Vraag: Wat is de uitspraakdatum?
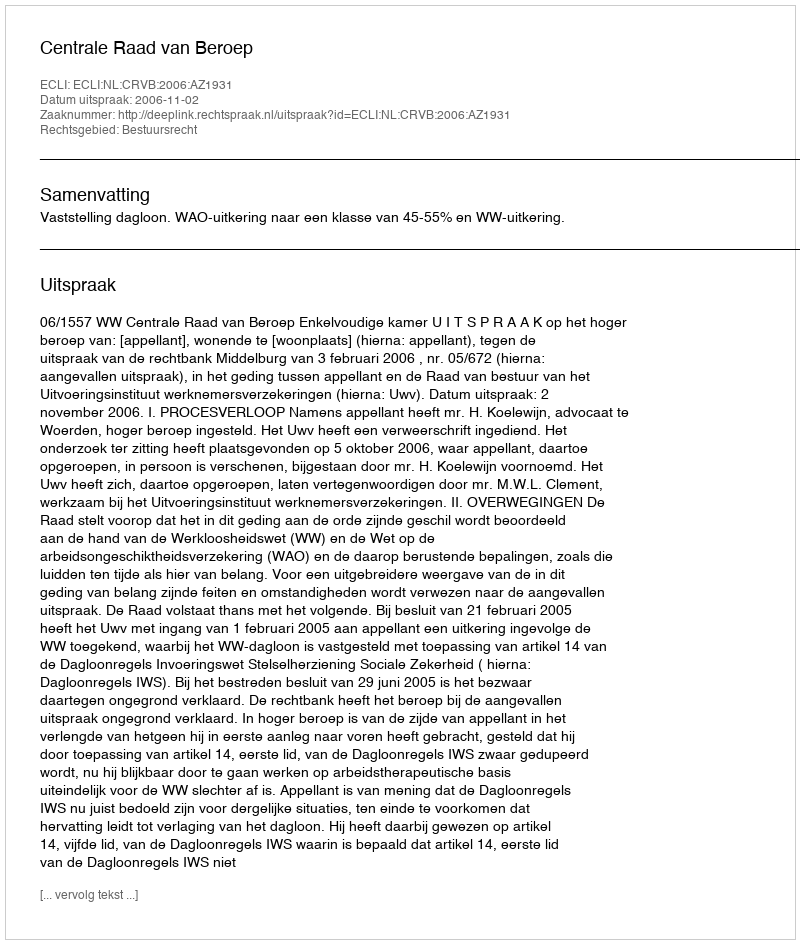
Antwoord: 2006-11-02